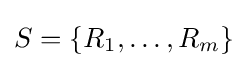
S=\{R_{1},\ldots ,R_{m}\}